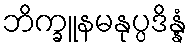
ဘိက္ခူနမနုပ္ပဒိန္နံ